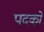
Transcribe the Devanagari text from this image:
पदको़